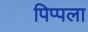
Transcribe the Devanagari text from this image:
पिप्पला